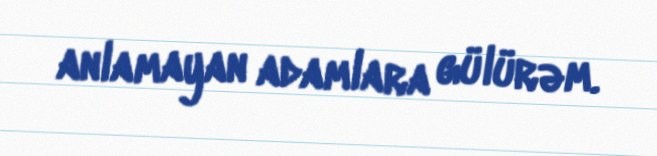
anlamayan adamlara gülürəm.